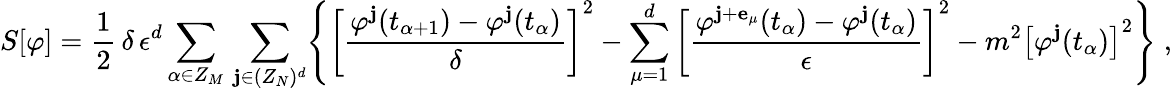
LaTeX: S[\varphi]=\frac{1}{2}\, \delta\, \epsilon^{d}\sum_{\alpha\in Z_{M}}\, \sum_{{\mathbf j}\in(Z_{N})^{d}}\Biggl\{ \left[\frac{\varphi^{{\mathbf j}}(t_{\alpha+1})-\varphi^{{\mathbf j}}(t_{\alpha})}{\delta}\right]^{2}-\sum_{\mu=1}^{d}\left[\frac{\varphi^{{\mathbf j}+{\mathbf e}_{\mu}}(t_{\alpha})-\varphi^{{\mathbf j}}(t_{\alpha})}{\epsilon}\right]^{2}-m^{2}\left[\varphi^{{\mathbf j}}(t_{\alpha})\right]^{2}\Biggr\} \; ,